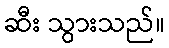
ဆီး သွားသည်။